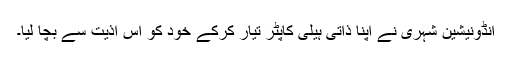
انڈونیشین شہری نے اپنا ذاتی ہیلی کاپٹر تیار کرکے خود کو اس اذیت سے بچا لیا۔